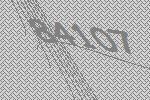
84107